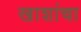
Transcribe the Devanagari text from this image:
खाशांचा